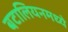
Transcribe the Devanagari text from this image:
बटालियनमध्ये